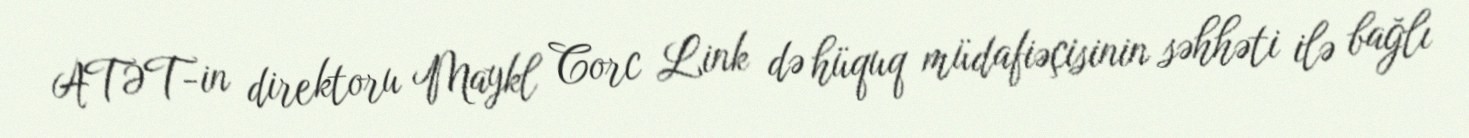
ATƏT-in direktoru Maykl Corc Link də hüquq müdafiəçisinin səhhəti ilə bağlı